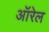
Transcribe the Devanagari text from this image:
ऑरेल